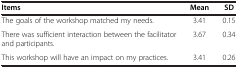
<table><thead><tr><td><b>Items</b></td><td><b>Mean</b></td><td><b>SD</b></td></tr></thead><tbody><tr><td>The goals of the workshop matched my needs.</td><td>3.41</td><td>0.15</td></tr><tr><td>There was sufficient interaction between the facilitator and participants.</td><td>3.67</td><td>0.34</td></tr><tr><td>This workshop will have an impact on my practices.</td><td>3.41</td><td>0.26</td></tr></tbody></table>